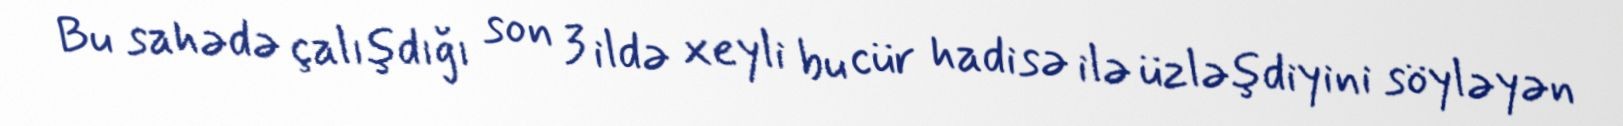
Bu sahədə çalışdığı son 3 ildə xeyli bu cür hadisə ilə üzləşdiyini söyləyən